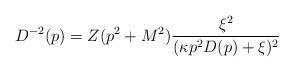
LaTeX: \begin{align*}D^{-2}(p)=Z(p^2+M^2)\frac{\xi^2}{(\kappa p^2 D(p)+\xi)^2}\end{align*}